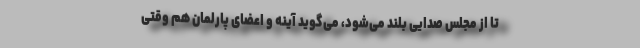
تا از مجلس صدایی بلند می‌شود، می‌گوید آینه و اعضای پارلمان هم وقتی